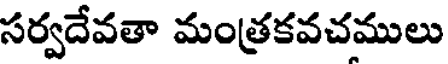
సర్వదేవతా మంత్రకవచములు